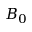
B _ { 0 }